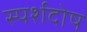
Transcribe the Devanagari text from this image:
स्पर्शदोष